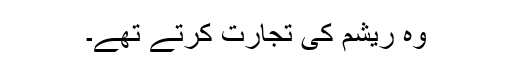
وہ ریشم کی تجارت کرتے تھے۔